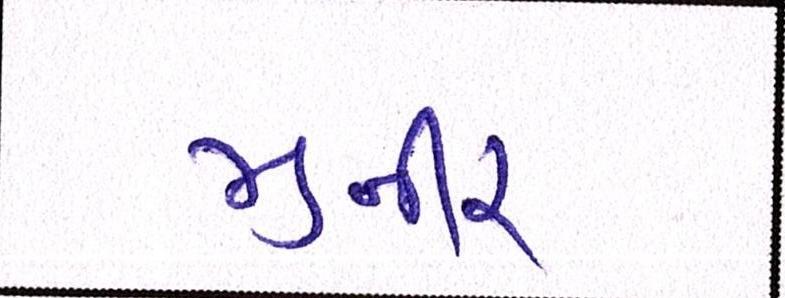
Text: મુનીર